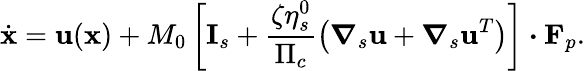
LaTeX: \dot{\mathbf{x}}=\mathbf{u}(\mathbf{x})+M_{0}\left[\mathbf{I}_{s}+\frac{\zeta\eta_{s}^{0}}{\Pi_{c}}\left(\boldsymbol{\nabla}_{s}\mathbf{u}+\boldsymbol{\nabla}_{s}\mathbf{u}^{T}\right)\right]\boldsymbol{\cdot}\mathbf{F}_{p}.